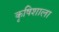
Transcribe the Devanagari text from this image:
कृषिशाला